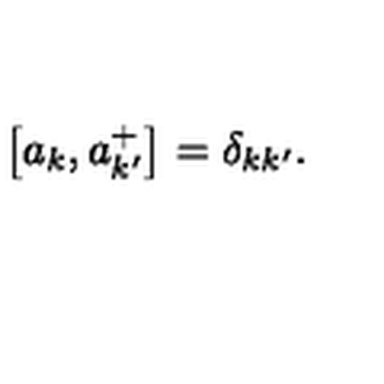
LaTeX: \left[ a _ { k } , a _ { k ^ { \prime } } ^ { + } \right] = \delta _ { k k ^ { \prime } } .